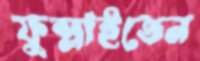
ফুস্‌লাইতেন